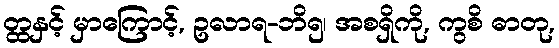
တ္ထနှင့် မှာကြောင့်, ဥလာရ-ဘိ၅၊ အစရှိကို, ကွစိ ဓာတု,